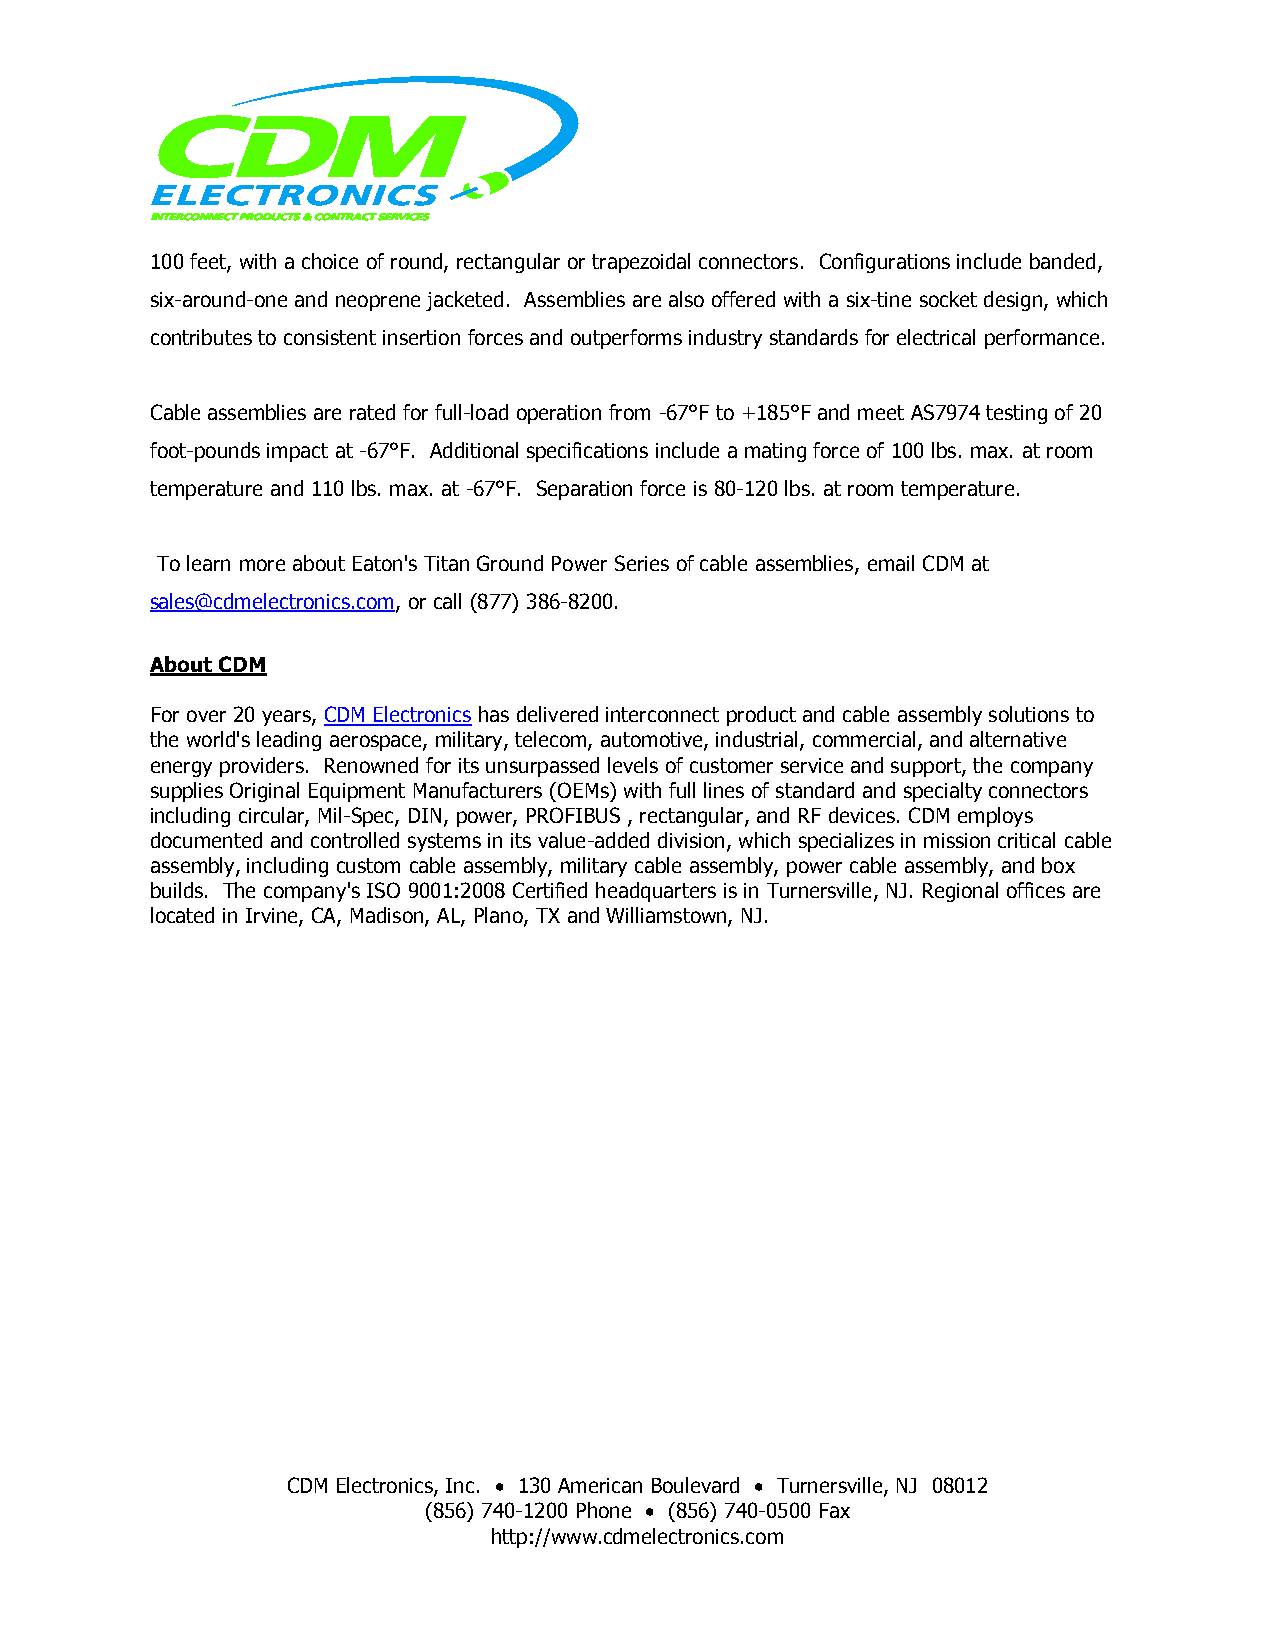
100 feet, with a choice of round, rectangular or trapezoidal connectors. Configurations include banded,
 six-around-one and neoprene jacketed. Assemblies are also offered with a six-tine socket design, which
 contributes to consistent insertion forces and outperforms industry standards for electrical performance.
 Cable assemblies are rated for full-load operation from -67°F to +185°F and meet AS7974 testing of 20
 foot-pounds impact at -67°F. Additional specifications include a mating force of 100 lbs. max. at room
 temperature and 110 lbs. max. at -67°F. Separation force is 80-120 lbs. at room temperature.
 To learn more about Eaton's Titan Ground Power Series of cable assemblies, email CDM at
 sales@cdmelectronics.com, or call (877) 386-8200.
 About CDM
 For over 20 years, CDM Electronics has delivered interconnect product and cable assembly solutions to
 the world's leading aerospace, military, telecom, automotive, industrial, commercial, and alternative
 energy providers. Renowned for its unsurpassed levels of customer service and support, the company
 supplies Original Equipment Manufacturers (OEMs) with full lines of standard and specialty connectors
 including circular, Mil-Spec, DIN, power, PROFIBUS , rectangular, and RF devices. CDM employs
 documented and controlled systems in its value-added division, which specializes in mission critical cable
 assembly, including custom cable assembly, military cable assembly, power cable assembly, and box
 builds. The company's ISO 9001:2008 Certified headquarters is in Turnersville, NJ. Regional offices are
 located in Irvine, CA, Madison, AL, Plano, TX and Williamstown, NJ.
 CDM Electronics, Inc.  130 American Boulevard  Turnersville, NJ 08012
 (856) 740-1200 Phone  (856) 740-0500 Fax
 http://www.cdmelectronics.com